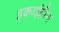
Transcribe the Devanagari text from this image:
इकाईहीन